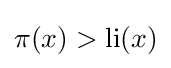
\pi (x)>\operatorname {li} (x)